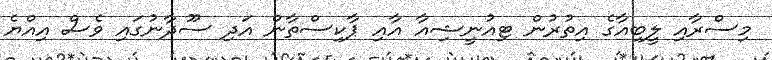
މިސްރާއި ލީބިއާގެ އިތުރުން ޓިއުނީޝިއާ އާއި ޕާކިސްތާން އަދި ސޫދާނުގައި ވެސް އިއްޔެ